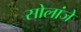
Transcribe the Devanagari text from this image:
सोलांजे